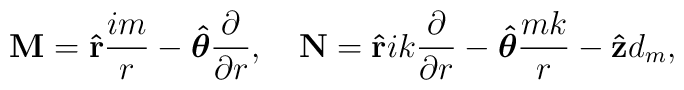
{\bf M}={\bf \hat r}{im\over r}-\mbox{\boldmath{$\hat\theta$}}{\partial\over\partial r},\quad {\bf N}={\bf \hat r}ik{\partial\over\partial r}-\mbox{\boldmath{$\hat\theta$}}{mk\over r}-{\bf \hat z}d_m,